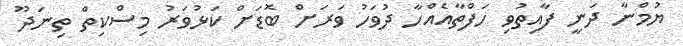
ޔުމްނާ ދަނީ ފާއިތުވި ހަފްތާއެއްހާ ދުވަހު ވަރަށް ބޮޑަށް ކަޅުވަރު މިސްކިތް ތިނަދޫ